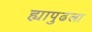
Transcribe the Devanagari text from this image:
ह्यापुढला